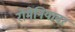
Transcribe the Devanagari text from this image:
रोमेनियावर